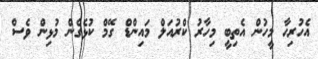
އެހުރިހާ މީހުން އެތިބީ މިހާރު ކްރުއަލް މައިންޑް ގޭމް ކުޅެގެން މުޅިން ވެސް